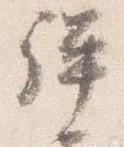
弾